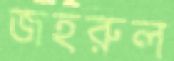
জহরুল